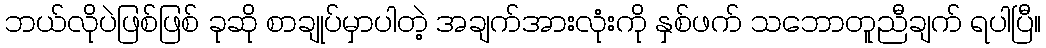
ဘယ်လိုပဲဖြစ်ဖြစ် ခုဆို စာချုပ်မှာပါတဲ့ အချက်အားလုံးကို နှစ်ဖက် သဘောတူညီချက် ရပါပြီ။